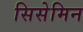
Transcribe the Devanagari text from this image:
सिसेमिन